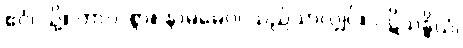
ဧဝံ၊ သို့။ တာဝ၊ စွာ။ နာမမေဝ၊ သည်သာလျှင်။ ပဋိသန္ဓိယံ၊